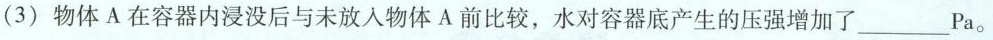
(3) 物体A在容器内浸没后与未放入物体A前比较，水对容器底产生的压强增加了___Pa。